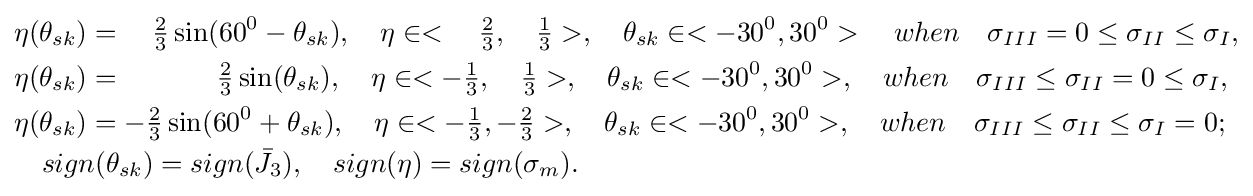
{\begin{aligned}&\eta ({{\theta }_{sk}})=\quad {\tfrac {2}{3}}\sin({{60}^{0}}-{{\theta }_{sk}}),\quad \eta \in <\ \ \ {\tfrac {2}{3}},\ \ \ {\tfrac {1}{3}}>,\quad {{\theta }_{sk}}\in <-{{30}^{0}},{{30}^{0}}>\quad when\quad {{\sigma }_{III}}=0\leq {{\sigma }_{II}}\leq {{\sigma }_{I}},\\&\eta ({{\theta }_{sk}})=\quad \quad \quad \ {\tfrac {2}{3}}\sin({{\theta }_{sk}}),\quad \eta \in <-{\tfrac {1}{3}},\ \ \ {\tfrac {1}{3}}>,\quad {{\theta }_{sk}}\in <-{{30}^{0}},{{30}^{0}}>,\quad when\quad {{\sigma }_{III}}\leq {{\sigma }_{II}}=0\leq {{\sigma }_{I}},\\&\eta ({{\theta }_{sk}})=-{\tfrac {2}{3}}\sin({{60}^{0}}+{{\theta }_{sk}}),\quad \eta \in <-{\tfrac {1}{3}},-{\tfrac {2}{3}}>,\quad {{\theta }_{sk}}\in <-{{30}^{0}},{{30}^{0}}>,\quad when\quad {{\sigma }_{III}}\leq {{\sigma }_{II}}\leq {{\sigma }_{I}}=0;\\&\quad sign({{\theta }_{sk}})=sign({{\bar {J}}_{3}}),\ \ \ sign(\eta )=sign({{\sigma }_{m}}).\\\end{aligned}}